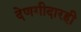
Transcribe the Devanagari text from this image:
देणगीदारही